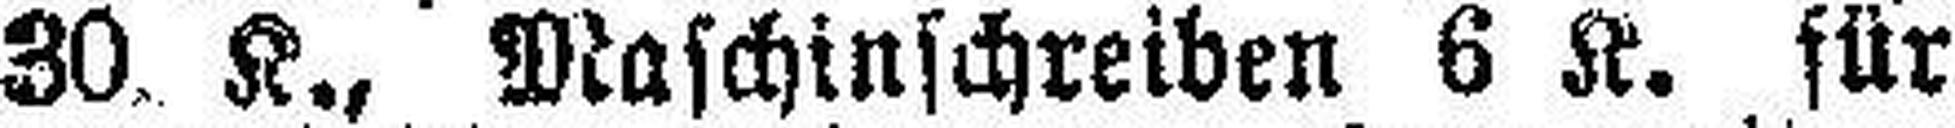
30. K., Maschinschreiben 6 K. für